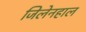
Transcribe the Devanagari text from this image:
जिलेनहाल